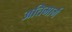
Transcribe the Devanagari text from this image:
अतिमार्ग